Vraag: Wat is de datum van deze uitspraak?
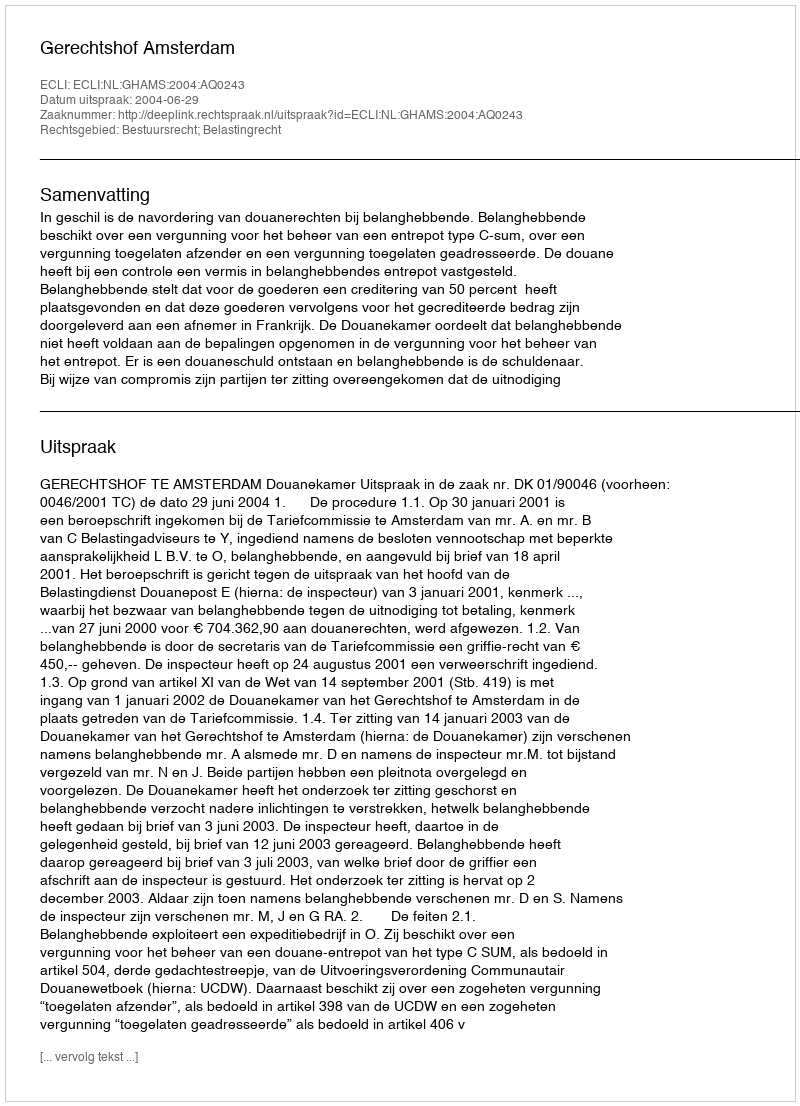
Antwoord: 2004-06-29